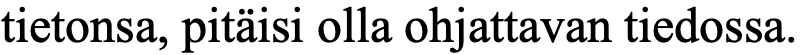
tietonsa, pitäisi olla ohjattavan tiedossa.